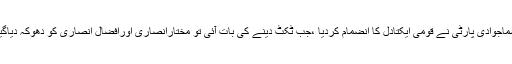
سماجوادی پارٹی نے قومی ایکتادل کا انضمام کردیا ،جب ٹکٹ دینے کی بات آئی تو مختارانصاری اورافضال انصاری کو دھوکہ دیاگیا۔